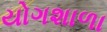
યોગશાળા